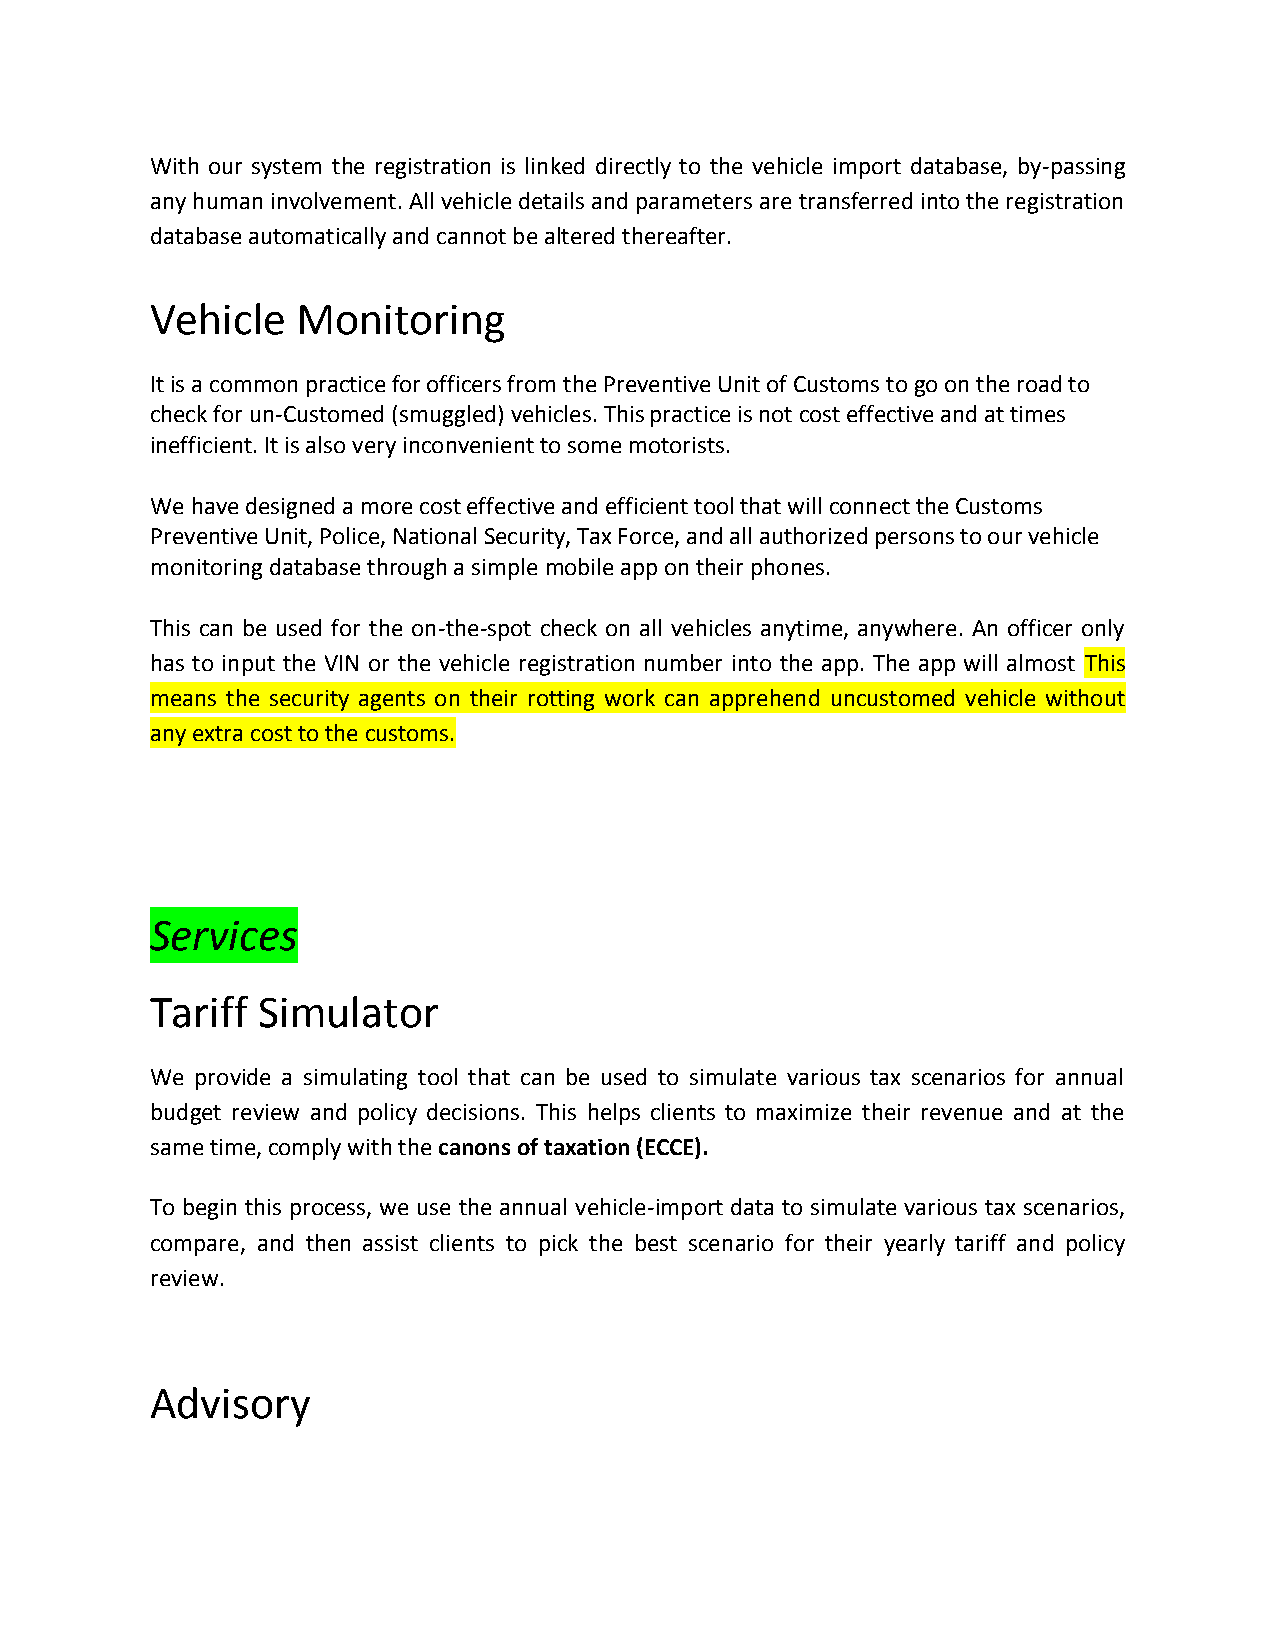
With our system the registration is linked directly to the vehicle import database, by-passing
 any human involvement. All vehicle details and parameters are transferred into the registration
 database automatically and cannot be altered thereafter.
 Vehicle   Monitoring
 It is a common practice for officers from the Preventive Unit of Customs to go on the road to
 check for un-Customed (smuggled) vehicles. This practice is not cost effective and at times
 inefficient. It is also very inconvenient to some motorists.
 We have designed a more cost effective and efficient tool that will connect the Customs
 Preventive Unit, Police, National Security, Tax Force, and all authorized persons to our vehicle
 monitoring database through a simple mobile app on their phones.
 This can be used for the on-the-spot check on all vehicles anytime, anywhere. An officer only
 has to input the VIN or the vehicle registration number into the app. The app will almost This
 means the security agents on their rotting work can apprehend uncustomed vehicle without
 any extra cost to the customs.
 Services
 Tariff Simulator
 We provide a simulating tool that can be used to simulate various tax scenarios for annual
 budget review and policy decisions. This helps clients to maximize their revenue and at the
 same time, comply with the canons of taxation (ECCE).
 To begin this process, we use the annual vehicle-import data to simulate various tax scenarios,
 compare, and then assist clients to pick the best scenario for their yearly tariff and policy
 review.
 Advisory